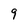
Character: 9